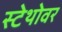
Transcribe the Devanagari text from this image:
स्टेथोवर